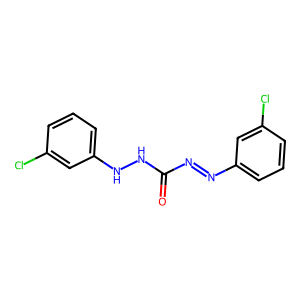
SMILES: O=C(N=Nc1cccc(Cl)c1)NNc1cccc(Cl)c1
Inhibits HIV replication: No